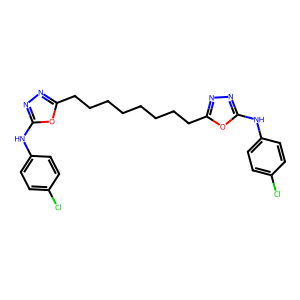
SMILES: Clc1ccc(Nc2nnc(CCCCCCCCc3nnc(Nc4ccc(Cl)cc4)o3)o2)cc1
Inhibits HIV replication: No